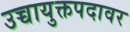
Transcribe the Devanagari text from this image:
उच्चायुक्तपदावर